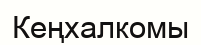
Кеңхалкомы